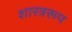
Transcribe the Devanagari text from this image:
शास्त्ररूप